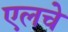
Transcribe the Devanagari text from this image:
एलचे